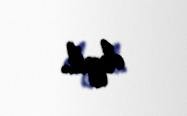
deyil.